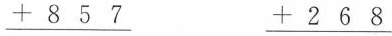
$$\underline{ + 8 5 7 }$$ $$\underline{ + 2 6 8 }$$